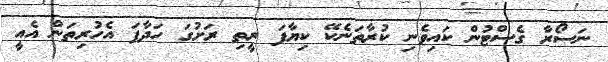
ނަސޯރާ ގެސްޓުން ކައިވެނި ކުރާތަނެކޭ ކިޔާފަ ރީތި ރަށުގަ ހަދާފަ އެހުރިތަން އެއީ